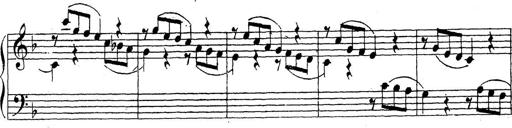
Title: 10 Sonatinas
Composer: Fritz Spindler